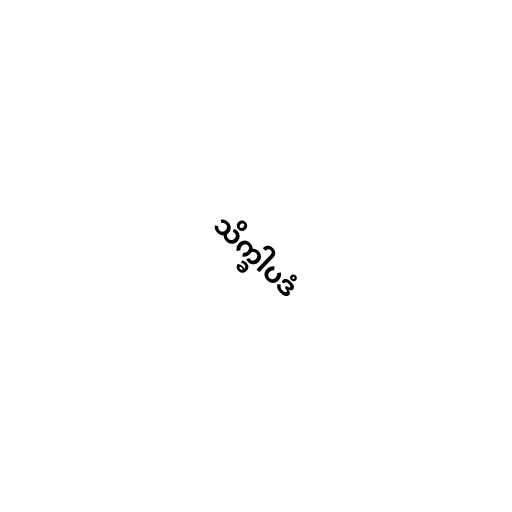
သိက္ခါပဒံ